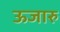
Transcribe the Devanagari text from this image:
ऊजारु